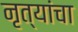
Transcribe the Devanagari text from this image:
नृत्यांचा